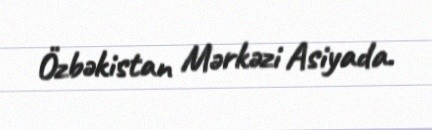
Özbəkistan Mərkəzi Asiyada.